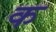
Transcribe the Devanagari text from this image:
कॣ